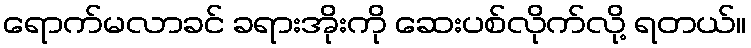
ရောက်မလာခင် ခရားအိုးကို ဆေးပစ်လိုက်လို့ ရတယ်။